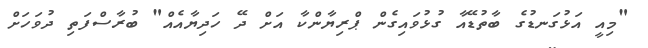
"މިއީ އަޅުގަނޑުގެ ބާތުޑޭއާ ގުޅުވައިގެން ޕްރިޔާންކާ އަށް ދޭ ހަދިޔާއެއް" ބުރާސްފަތި ދުވަހަށް